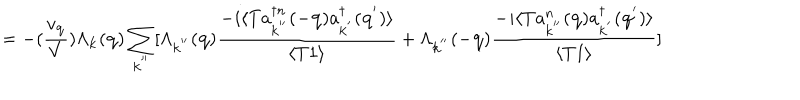
= - ( \frac { v _ { { \bf { q } } } } { V } ) \Lambda _ { { \bf { k } } } ( { \bf { q } } ) \sum _ { { \bf { k } } ^ { ' ^ { \prime } } } [ \Lambda _ { { \bf { k } } ^ { ' ^ { \prime } } } ( { \bf { q } } ) \frac { - i \langle T a _ { { \bf { k } } ^ { ' ^ { \prime } } } ^ { \dagger n } ( - { \bf { q } } ) a _ { { \bf { k } } ^ { ' } } ^ { \dagger } ( { \bf { q } } ^ { ' } ) \rangle } { \langle T 1 \rangle } + \Lambda _ { { \bf { k } } ^ { ' ^ { \prime } } } ( - { \bf { q } } ) \frac { - i \langle T a _ { { \bf { k } } ^ { ' ^ { \prime } } } ^ { n } ( { \bf { q } } ) a _ { { \bf { k } } ^ { ' } } ^ { \dagger } ( { \bf { q } } ^ { ' } ) \rangle } { \langle T 1 \rangle } ]